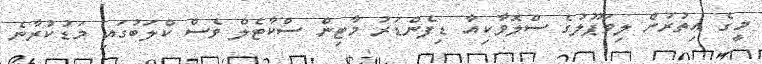
މީގެ އިތުރުން ލިވަޕޫލުގެ ސްލޮވާކިއާ ޑިފެންޑަރު މާޓިން ސްކާޓެލް ވެސް ކްލަބުގައި މަޑުކުރާނެ